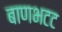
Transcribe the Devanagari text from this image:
बाणभटट